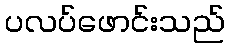
ပလပ်ဖောင်းသည်